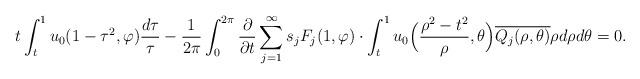
LaTeX: \begin{align*} t\int_t^1 u_0(1-\tau^2,\varphi) \frac{d\tau}{\tau}-\frac{1}{2\pi}\int_0^{2\pi} \frac{\partial}{\partial t} \sum_{j=1}^{\infty}s_j F_j(1, \varphi)\cdot \int_t^1 u_0\Bigl(\frac{\rho^2-t^2}{\rho}, \theta\Bigr) \overline{Q_j(\rho,\theta)} \rho d\rho d\theta=0.\end{align*}